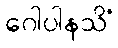
ဂေါပါနသိံ